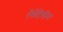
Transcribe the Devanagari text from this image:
ऐंसेटिलीन